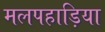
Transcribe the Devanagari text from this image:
मलपहाड़िया